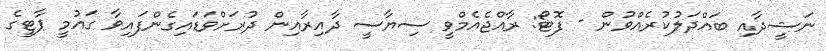
ނަޝީދާއި ބައްދަލުކުރެއްވުން - ފޮޓޯ: ރާއްޖެއެމްވީ ސިޔާސީ ދާއިރާއިން ދުރަށްވަޑައިގެންފައިވާ ގައުމީ ޕާޓީގެ